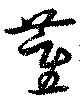
董